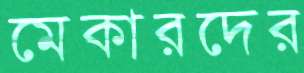
মেকারদের